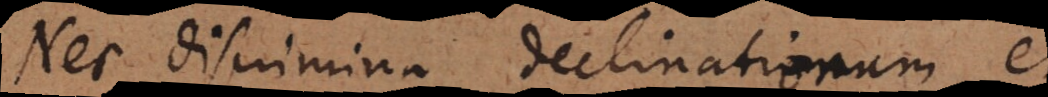
nec discrimina declinationum et